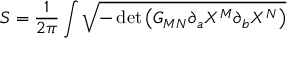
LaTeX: S = \frac { 1 } { 2 \pi } \int \sqrt { - \operatorname * { d e t } \left( G _ { M N } \partial _ { a } X ^ { M } \partial _ { b } X ^ { N } \right) }